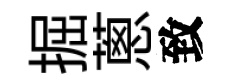
掘蔥致